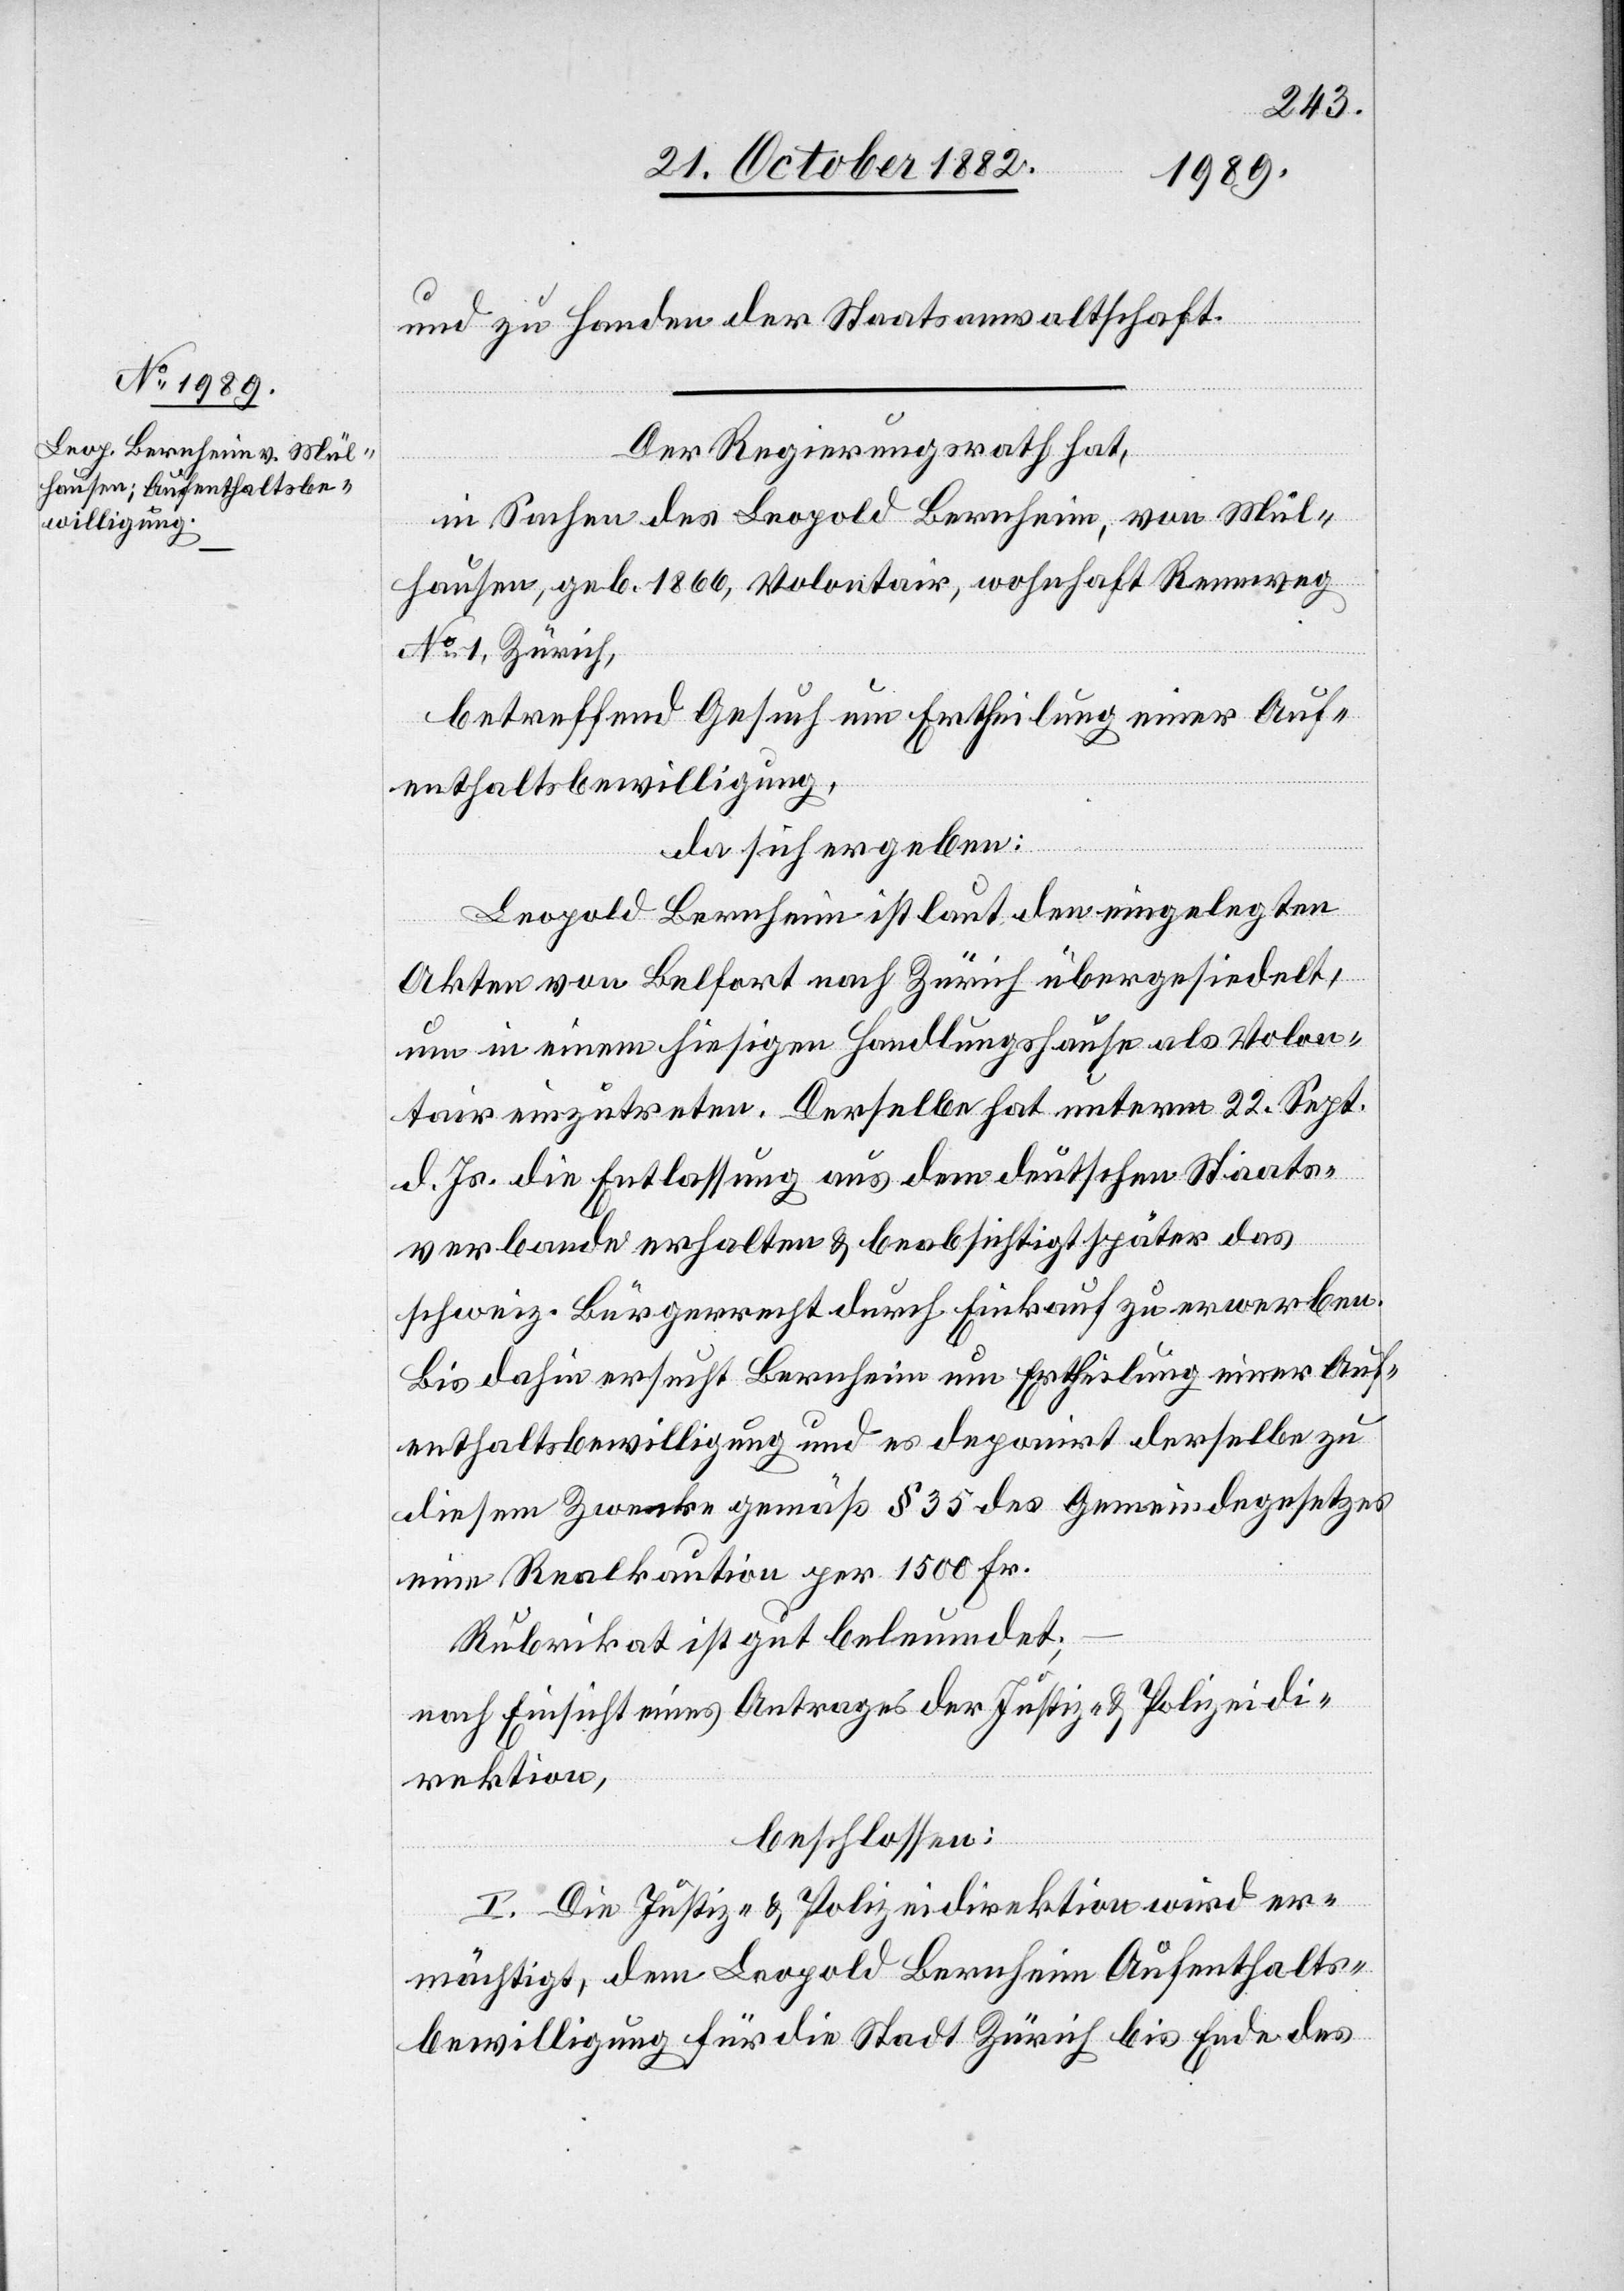
ir
und zu Handen der Staatsanwaltschaft.
Der Regierungsrath hat,
in Sachen des Leopold Bernheim, von Mül¬
hausen, geb. 1866, Volontär, wohnhaft Rennweg
No 1, Zürich,
betreffend Gesuch um Ertheilung eines Auf¬
enthaltsbewilligung,
da sich ergeben:
Leopold Bernheim ist laut den eingelegten
Akten von Belfort nach Zürich übergesiedelt,
um in einem hiesigen Handlungshause als Volonta¬
einzutreten. Derselbe hat unterm 22. Sept.
d. Js. die Entlassung aus dem deutschen Staats¬
verbande erhalten & beabsichtigt später das
schweiz. Bürgerrecht durch Einkauf zu erwerben.
Bis dahin ersucht Bernheim um Ertheilung einer Auf¬
enthaltsbewilligung und es deponirt derselbe zu
diesem Zwecke gemäß § 35 des Gemeindegesetzes
eine Realkaution per 1500 Fr.
Rubrikat ist gut beleumundet;
nach Einsicht eines Antrages der Justiz- & Polizeidi¬
rektion,
beschlossen:
I. Die Justiz- & Polizeidirektion wird er¬
mächtigt, dem Leopold Bernheim Aufenthalts¬
bewilligung für die Stadt Zürich bis Ende des